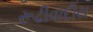
રૂઢીવાદીય